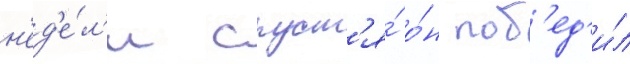
н'ед'е́л'и спуст'я́ о́н поб'ед'и́л